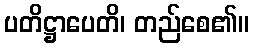
ပတိဋ္ဌာပေတိ၊ တည်စေ၏။